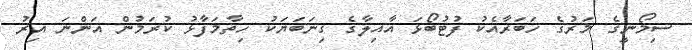
ސިމޯނީގެ މަރުގެ ހަބަރާއެކު ފުޓުބޯޅަ އާއިލާގެ ގިނަބަޔަކު ހިތާމަފާޅު ކުރަމުން އަންނަ އިރު